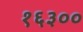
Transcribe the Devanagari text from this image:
१६३००